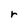
Character: r